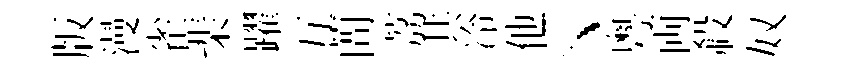
版漫雀棐躍互蕳荔共冷他丶粤両殺奴